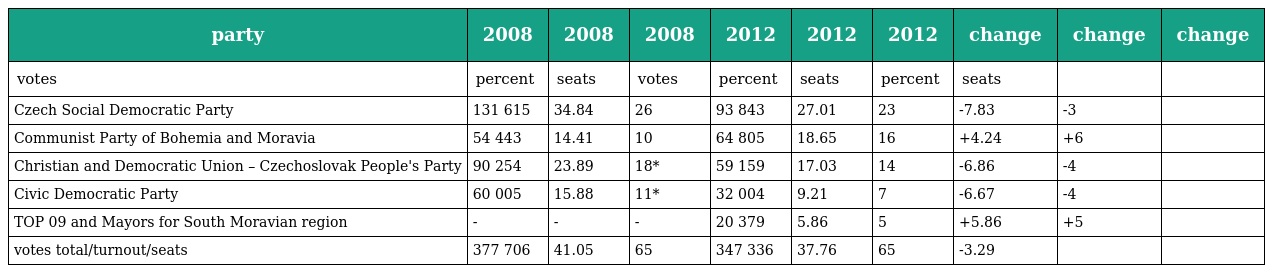
| party | 2008 | 2008 | 2008 | 2012 | 2012 | 2012 | change | change | change |
 | --- | --- | --- | --- | --- | --- | --- | --- | --- | --- |
 | votes | percent | seats | votes | percent | seats | percent | seats |  |  |
 | Czech Social Democratic Party | 131 615 | 34.84 | 26 | 93 843 | 27.01 | 23 | -7.83 | -3 |  |
 | Communist Party of Bohemia and Moravia | 54 443 | 14.41 | 10 | 64 805 | 18.65 | 16 | +4.24 | +6 |  |
 | Christian and Democratic Union – Czechoslovak People's Party | 90 254 | 23.89 | 18* | 59 159 | 17.03 | 14 | -6.86 | -4 |  |
 | Civic Democratic Party | 60 005 | 15.88 | 11* | 32 004 | 9.21 | 7 | -6.67 | -4 |  |
 | TOP 09 and Mayors for South Moravian region | - | - | - | 20 379 | 5.86 | 5 | +5.86 | +5 |  |
 | votes total/turnout/seats | 377 706 | 41.05 | 65 | 347 336 | 37.76 | 65 | -3.29 |  |  |